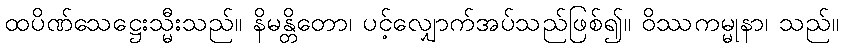
ထပိဏ်သေဋ္ဌေးသ္မီးသည်။ နိမန္တိတော၊ ပင့်လျှောက်အပ်သည်ဖြစ်၍။ ဝိဿကမ္မုနာ၊ သည်။